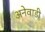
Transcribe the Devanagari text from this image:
अनेवाडी